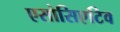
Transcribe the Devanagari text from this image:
एसोसिएटिव